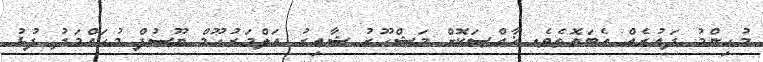
މުހިންމު ދައުރެއް އެބައޮތެވެ. ޚާއްޞަކޮށް މަޝްހޫރު ޝާއިރު އަލްމަރުޙޫމް ޔޫސުފް މުޙައްމަދު ފުޅު